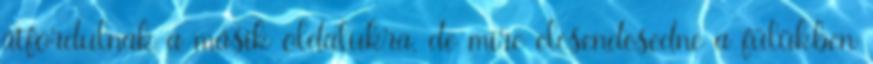
átfordulnak a másik oldalukra, de mire elcsendesedne a fülükben